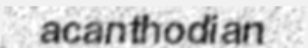
acanthodian